Annual report of the Punjab Veterinary College and of the Civil Veterinary Department, Punjab - 1920-1925
Year: 1920
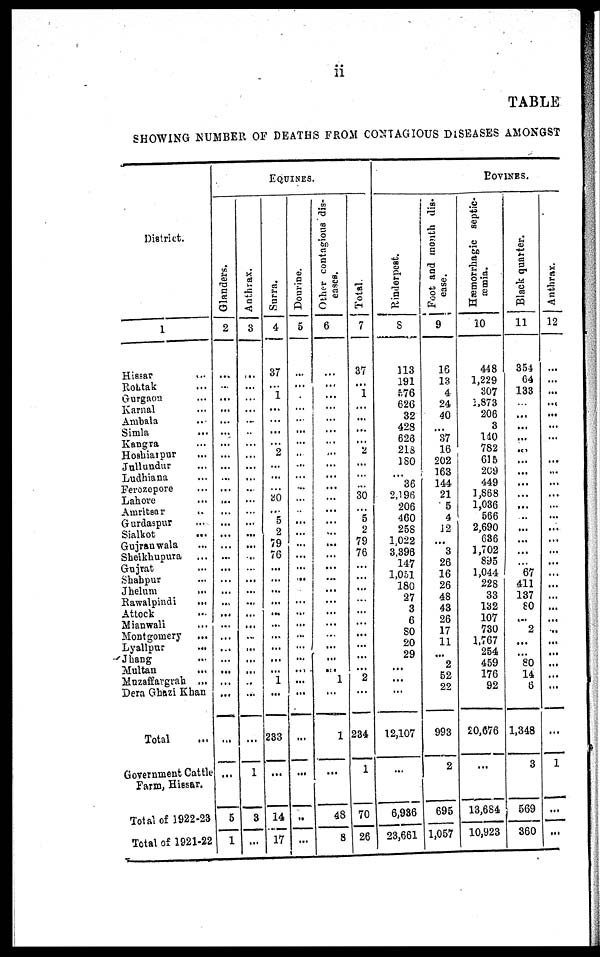
ii
TABLE
SHOWING NUMBER OF DEATHS FROM CONTAGIOUS DISEASES AMONGST
District.
1
Hissar ...
Rohtak ...
Gurgaon ...
Karnal ...
Ambala ...
Simla ...
Kangra ...
Hoshiarpur ...
Jullundur ...
Ludhiana ...
Ferozepore ...
Lahore ...
Amritsar ...
Gurdaspur ...
Sialkot ...
Gujranwala ...
Sheikhupura
...
Gujrat ...
Shahpur ...
Jhelum ...
Rawalpindi
Attock ...
Mianwali ...
Montgomery
Lyallpur ...
Jhang ...
Multan ...
Muzaffargrah ...
Dera Ghazi Khan
Total
Government Cattle
Farm, Hissar.
Total of 1922-23
Total of 1921-22
Glanders.
2
...
...
...
...
...
...
...
...
...
...
...
...
...
...
...
...
...
...
...
...
...
...
...
...
...
5
1
Anthrax.
3
...
...
...
...
...
...
...
...
...
...
...
...
...
...
...
...
...
...
1
3
...
EQUINES.
Surra.
4
37
...
1
2
...
...
...
..
...
...
...
...
5
2
79
76
...
...
...
...
...
...
...
1 ...
233
...
14
17
Dourine.
5
...
...
...
...
..
...
...
...
...
...
..
...
...
...
...
...
...
...
...
...
...
...
...
...
...
...
...
Other contagious dis-
6
...
...
...
...
...
..
...
...
... ...
..
...
...
...
...
...
...
.. ...
...
...
...
...
...
...
... ...
...
...
...
...
cases.
...
...
...
...
...
...
...
...
...
...
...
... 1
...
1
...
...
48
8
Total.
7
37
"i
2
30
"5
2
79
76
...
...
...
...
....
...
...
...
"2
234
1
70
26
Rinderpest.
8
113
191
576
626
32
428
626
218
180
36
2,196
206
460
258
1,022
3,398
147
1,051
180
27
3
...
80
20
29
...
...
...
12,107
...
6,936
23,661
Foot and month dis-
case.
9
16
13
4
24
40
37
16
202
163
144
21
5
4
12
3
26
16
26
48
43
26
17
11
...
2
52
22
...
993
2
695
1,057
BOVINES.
Hæmorrhagic septic-
-mia.
10
448
1,229
307
2,873
206
3
140
782
615
269
449
1,868
1,036
566
2,690
636
1,702
895
1,044
228
33
132
107
730
1,767
254
459
176
92
...
20,676
...
13,684
10,923
Black quarter.
11
354
64
133
...
...
...
...
...
..
...
...
...
...
...
... 67
411
137
80
...
2
...
80
14
6
...
1,348
3
569
360
Anthrax.
12
...
...
...
......
...
....
...
....
....
....
...
...
...
...
...
...
...
...
...
...
...
...
...
...
...
...
...
...
1
...
...